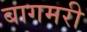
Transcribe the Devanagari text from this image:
बागमरी